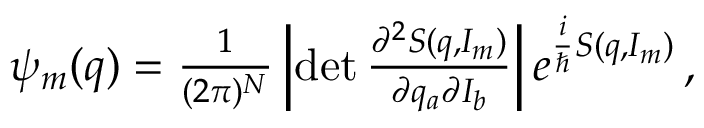
\begin{array} { r } { \psi _ { m } ( q ) = \frac { 1 } { ( 2 \pi ) ^ { N } } \left| \operatorname* { d e t } \frac { \partial ^ { 2 } S ( q , I _ { m } ) } { \partial q _ { a } \partial I _ { b } } \right| e ^ { \frac { i } { \hbar } S ( q , I _ { m } ) } \, , } \end{array}